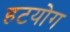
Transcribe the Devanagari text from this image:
हटयोग